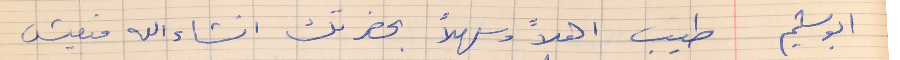
ابو سليم       طيب اهلاً وسهلاً بحضرتك انشاء الله منعيش